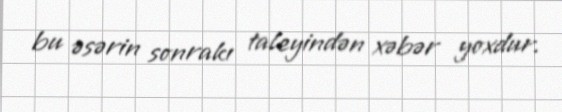
bu əsərin sonrakı taleyindən xəbər yoxdur.